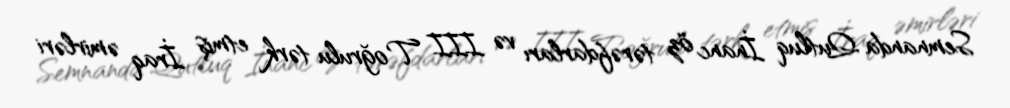
Semnanda Qutluq İnanc öz tərəfdarları və III Toğrulu tərk etmiş İraq əmirləri